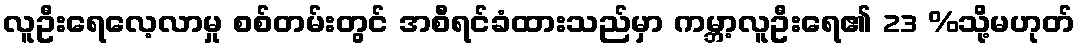
လူဦးရေလေ့လာမှု စစ်တမ်းတွင် အစီရင်ခံထားသည်မှာ ကမ္ဘာ့လူဦးရေ၏ 23 %သို့မဟုတ်